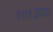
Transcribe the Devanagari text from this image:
१७१३च्या